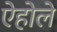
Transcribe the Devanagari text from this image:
ऐहोले